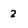
Character: 2